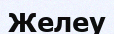
Желеу